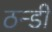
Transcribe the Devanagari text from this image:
ठन्डी